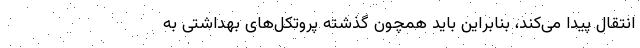
انتقال پیدا می‌کند، بنابراین باید همچون گذشته پروتکل‌های بهداشتی به